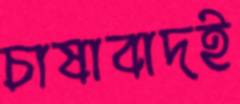
চাষাবাদই